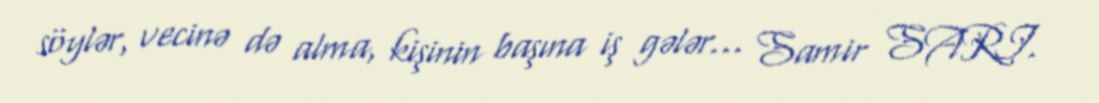
söylər, vecinə də alma, kişinin başına iş gələr... Samir SARI.